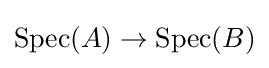
\operatorname {Spec} (A)\to \operatorname {Spec} (B)